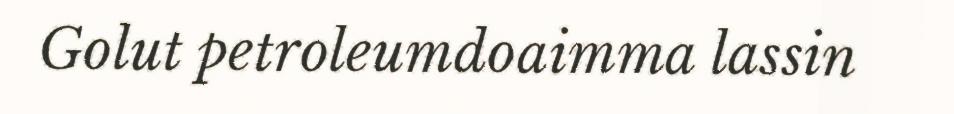
Golut petroleumdoaimma lassin